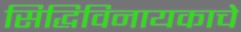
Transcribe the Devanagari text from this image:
सिद्धिविनायकाचे